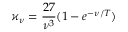
\varkappa _ { \nu } = \frac { 2 7 } { \nu ^ { 3 } } ( 1 - e ^ { - \nu / T } )